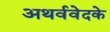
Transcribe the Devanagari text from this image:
अथर्ववेदके